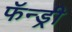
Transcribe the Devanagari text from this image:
फॅन्ड्री